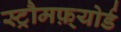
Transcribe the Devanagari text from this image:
स्ट्रौमफ़्योर्ड